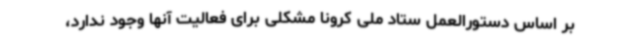
بر اساس دستورالعمل ستاد ملی کرونا مشکلی برای فعالیت آنها وجود ندارد،